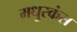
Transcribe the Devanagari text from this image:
मधुरकंस